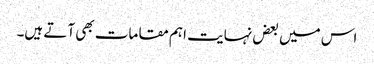
اس میں بعض نہایت اہم مقامات بھی آتے ہیں۔